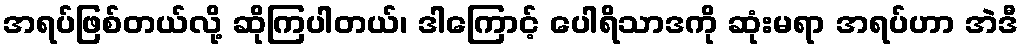
အရပ်ဖြစ်တယ်လို့ ဆိုကြပါတယ်၊ ဒါကြောင့် ပေါရိသာဒကို ဆုံးမရာ အရပ်ဟာ အဲဒီ